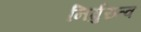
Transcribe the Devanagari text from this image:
निर्गुरुत्व